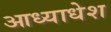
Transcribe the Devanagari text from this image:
आध्याधेश